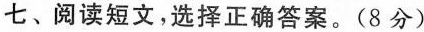
七、阅读短文,选择正确答案.(8 分)